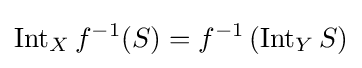
\operatorname {Int} _{X}f^{-1}(S)=f^{-1}\left(\operatorname {Int} _{Y}S\right)